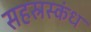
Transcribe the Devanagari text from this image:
सहस्रस्कंध